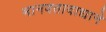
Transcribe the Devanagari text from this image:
मानवतावाद्याने